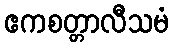
ဧကစတ္တာလီသမံ